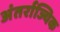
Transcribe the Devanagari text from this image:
अंतर्राज्यिक